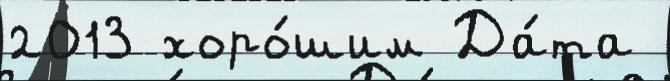
2013 хоро́шим Да́та